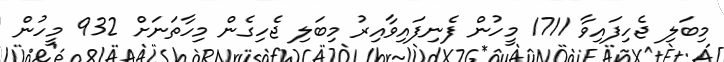
މިބަލި ޖެހިފައިވާ 1711 މީހުން ފެނިފައިވާއިރު މިބަލި ޖެހިގެން މިހާތަނަށް 932 މީހުން